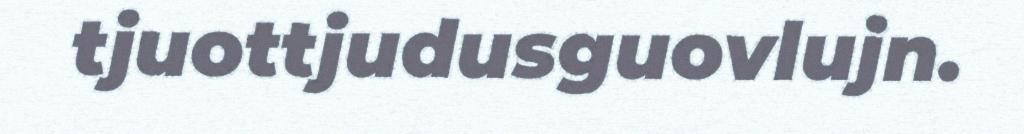
tjuottjudusguovlujn.